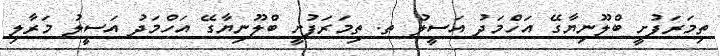
ތިމަރަފުށީ ބްލޫނިޔާގޭ އަހްމަދު އަސީލު ތ. ތިމަރަފުށީ ބްލޫނިޔާގޭ އަހްމަދު އަސީލު މަރާލި